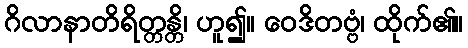
ဂိလာနာတိရိတ္တန္တိ၊ ဟူ၍။ ဝေဒိတဗ္ဗံ၊ ထိုက်၏။